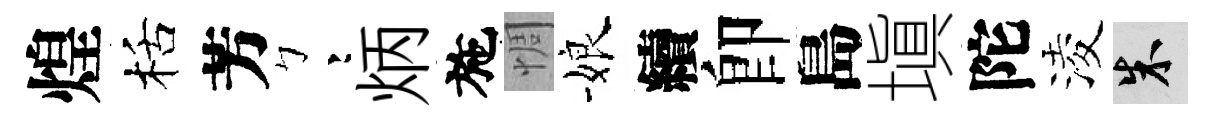
煌栝芳彎炳施惆娘續卽島塡陀淩朱